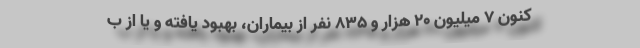
کنون ۷ میلیون ۲۰ هزار و ۸۳۵ نفر از بیماران، بهبود یافته و یا از ب